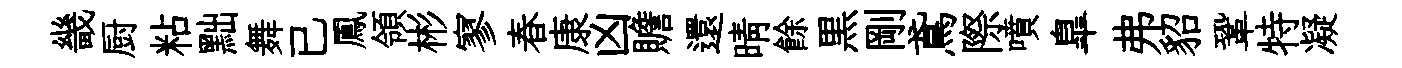
畿厨粘黜舞已鳳領彬寥春康凶贍還晴餘黒剛鳶際噴臯弗貂鞏特凝